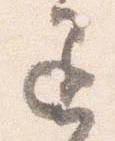
退